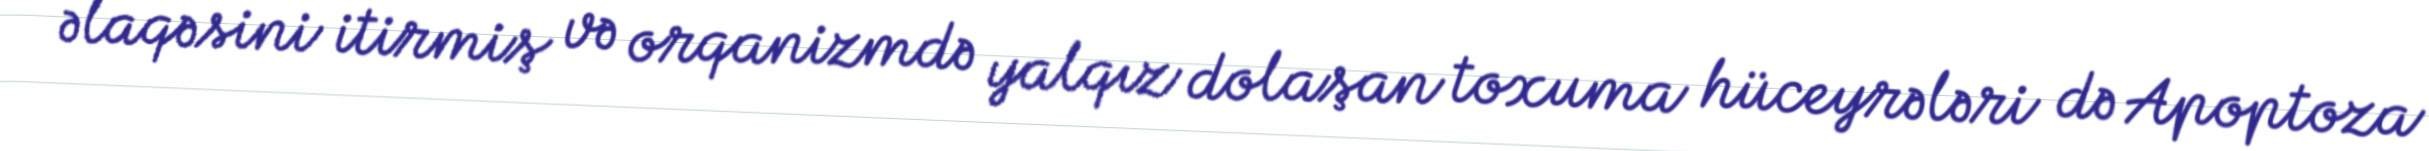
əlaqəsini itirmiş və orqanizmdə yalqız dolaşan toxuma hüceyrələri də Apoptoza